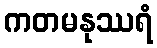
ကတမနုဿရံ